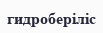
гидроберіліс